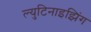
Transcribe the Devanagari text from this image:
ल्युटिनाइझिंग